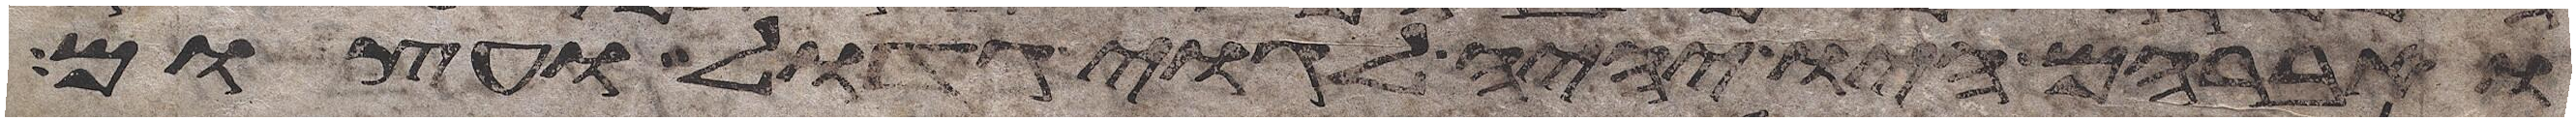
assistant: ואברהם היו יהיה לגוי גדול ועצום